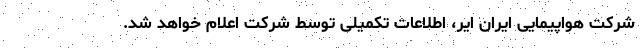
شرکت هواپیمایی ایران ایر، اطلاعات تکمیلی توسط شرکت اعلام خواهد شد.